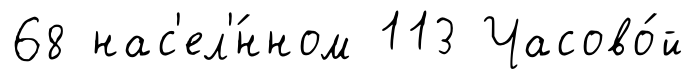
68 нас'ел'́нном 113 Часово́й